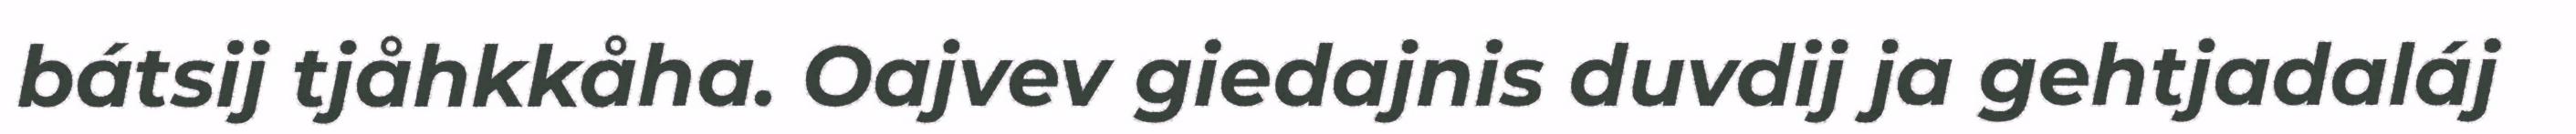
bátsij tjåhkkåha. Oajvev giedajnis duvdij ja gehtjadaláj